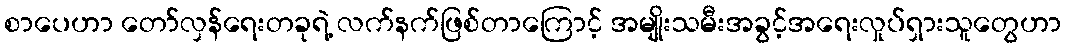
စာပေဟာ တော်လှန်ရေးတခုရဲ့ လက်နက်ဖြစ်တာကြောင့် အမျိုးသမီးအခွင့်အရေးလှုပ်ရှားသူတွေဟာ